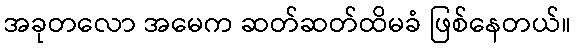
အခုတလော အမေက ဆတ်ဆတ်ထိမခံ ဖြစ်နေတယ်။